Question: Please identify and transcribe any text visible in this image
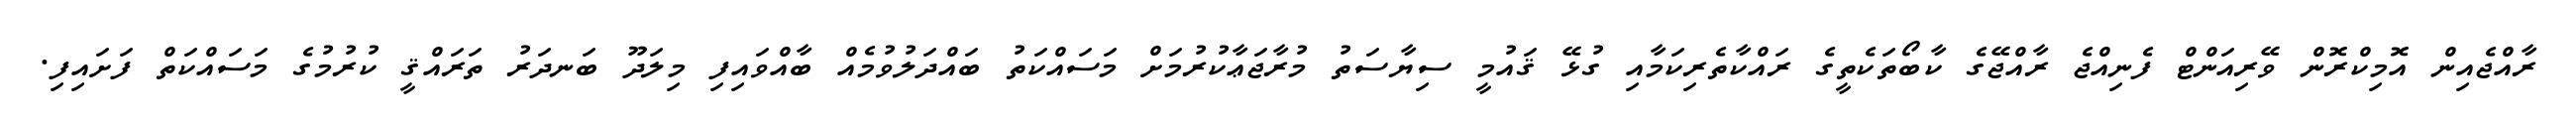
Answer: ރާއްޖެއިން އޮމިކްރޮން ވޭރިއަންޓް ފެނިއްޖެ ރާއްޖޭގެ ކާބޯތަކެތީގެ ރައްކާތެރިކަމާއި ގުޅޭ ޤައުމީ ސިޔާސަތު މުރާޖަޢާކުރުމަށް މަސައްކަތު ބައްދަލުވުމެއް ބާއްވައިފި މިލަދޫ ބަނދަރު ތަރައްޤީ ކުރުމުގެ މަސައްކަތް ފަށައިފި.